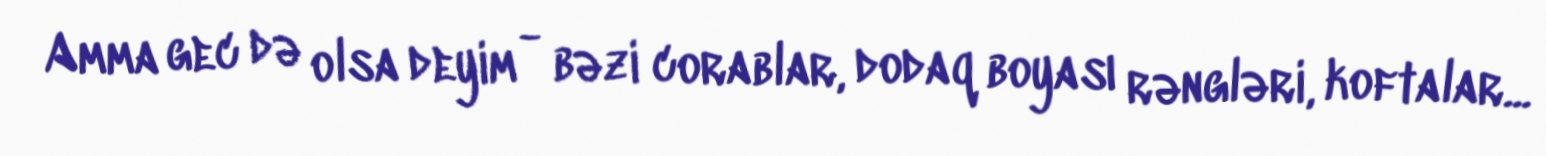
Amma gec də olsa deyim - bəzi corablar, dodaq boyası rəngləri, koftalar...